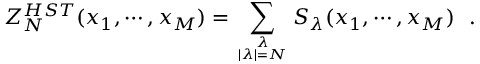
Z _ { N } ^ { H S T } ( x _ { 1 } , \cdots , x _ { M } ) = \sum _ { { \lambda \atop | \lambda | = N } } S _ { \lambda } ( x _ { 1 } , \cdots , x _ { M } ) \, \, \, \, .